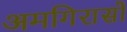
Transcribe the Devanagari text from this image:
अमगिरासों